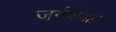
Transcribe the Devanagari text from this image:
जर्नबोआस